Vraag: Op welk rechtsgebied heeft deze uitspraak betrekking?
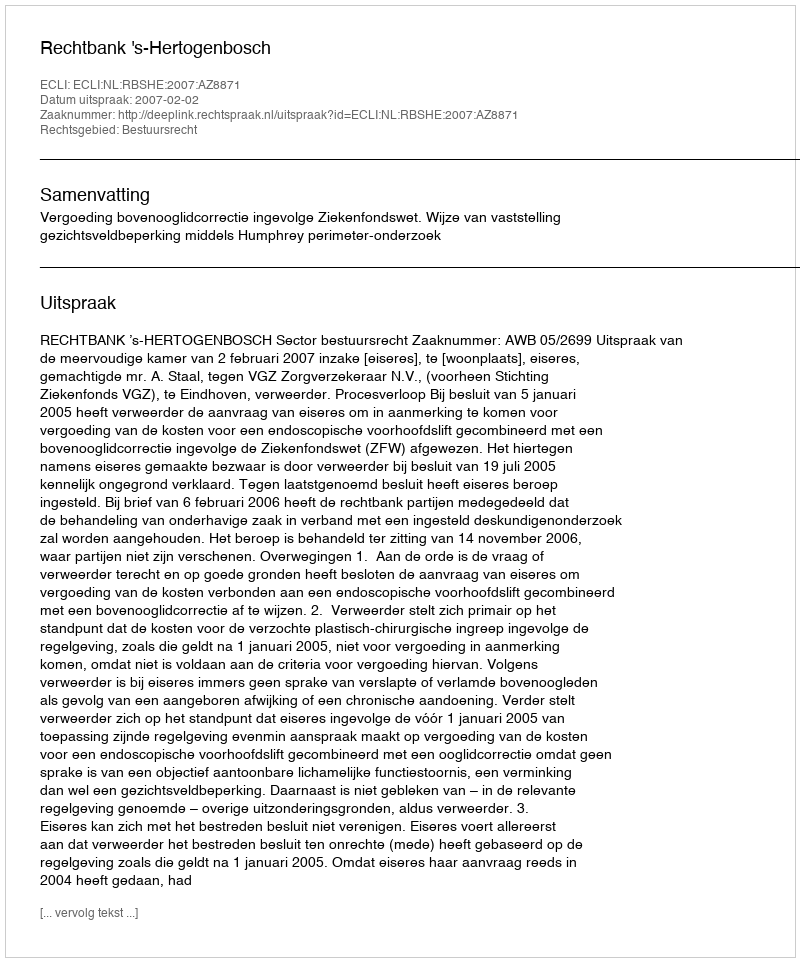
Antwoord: Bestuursrecht